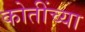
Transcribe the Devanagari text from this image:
कोतींच्या